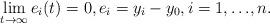
LaTeX: \begin{align*} \lim_{t\to \infty}e_i(t)=0,e_i=y_i-y_0, i=1,{\dots},n.\end{align*}